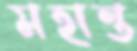
মহান্ত